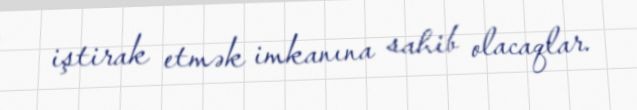
iştirak etmək imkanına sahib olacaqlar.